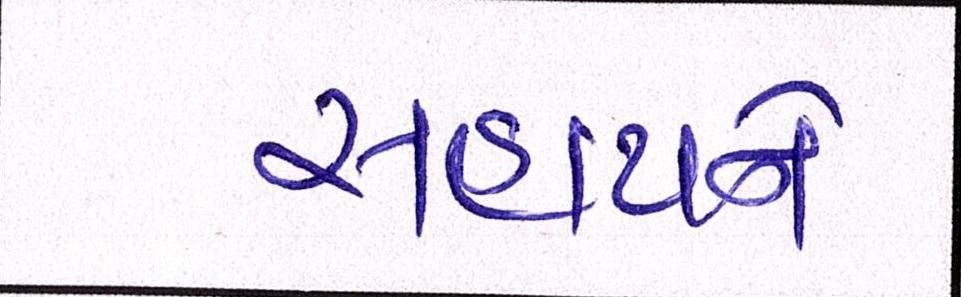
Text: સહાયને